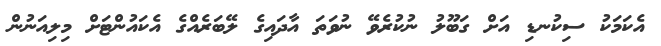
އެކަމަކު ސިކުނޑި އަށް ގަބޫލު ނުކުރެވޭ ނުވަތަ އާދައިގެ ލޭބަރެއްގެ އެކައުންޓަށް މިލިއަނުން